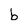
Character: b